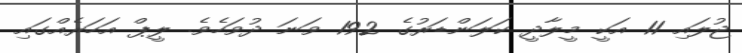
ޖުލައި 11 އަކީ މީލާދީ ކަލަންޑަރުގެ 192 ވަނަ ދުވަހެވެ. ލީޕް އަހަރެއްގައި